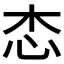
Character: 𢗦